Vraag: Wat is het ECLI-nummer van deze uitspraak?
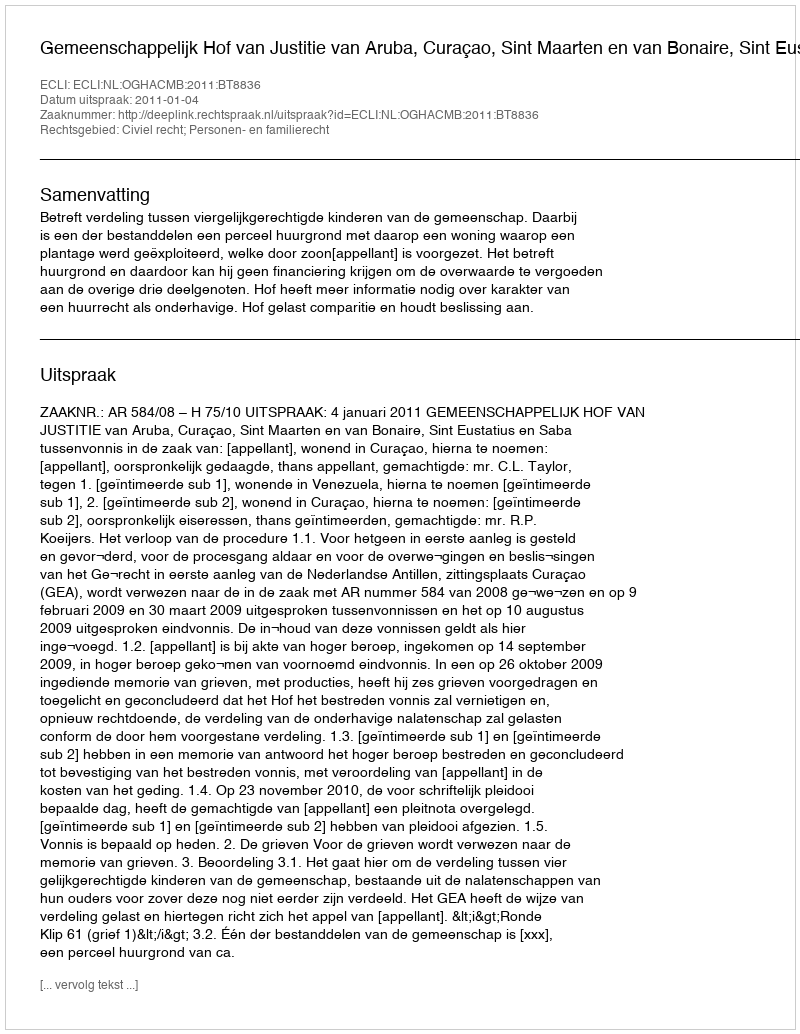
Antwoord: ECLI:NL:OGHACMB:2011:BT8836